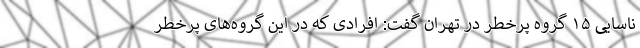
ناسایی ۱۵ گروه پرخطر در تهران گفت: افرادی که در این گروه‌های پرخطر